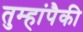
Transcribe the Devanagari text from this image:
तुम्हांपैकी